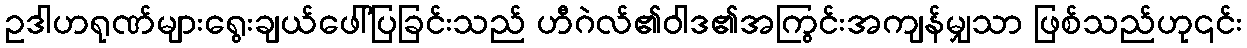
ဥဒါဟရုဏ်များရွေးချယ်ဖေါ်ပြခြင်းသည် ဟီဂဲလ်၏ဝါဒ၏အကြွင်းအကျန်မျှသာ ဖြစ်သည်ဟု၎င်း